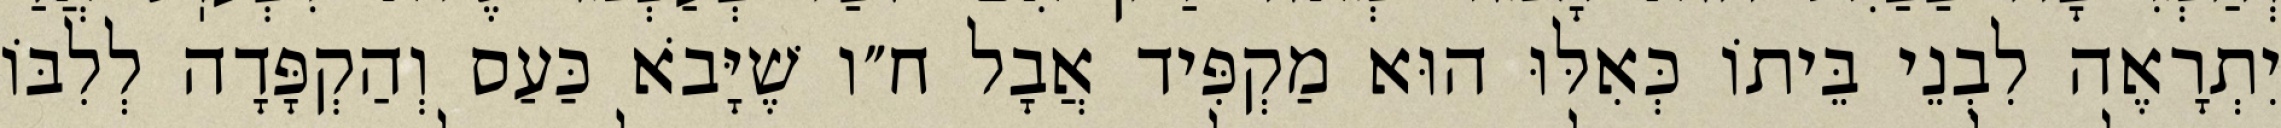
יִתְרָאֶה לִבְנֵי בֵּיתוֹ כְּאִלּוּ הוּא מַקְפִּיד אֲבָל ח״ו שֶׁיָּבֹא כַּעַס וְהַקְפָּדָה לְלִבּוֹ